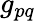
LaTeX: g_{pq}